Report on the working of the Ranchi Indian Mental Hospital, Kanke, in Bihar and Orissa - 1930-1940
Year: 1930
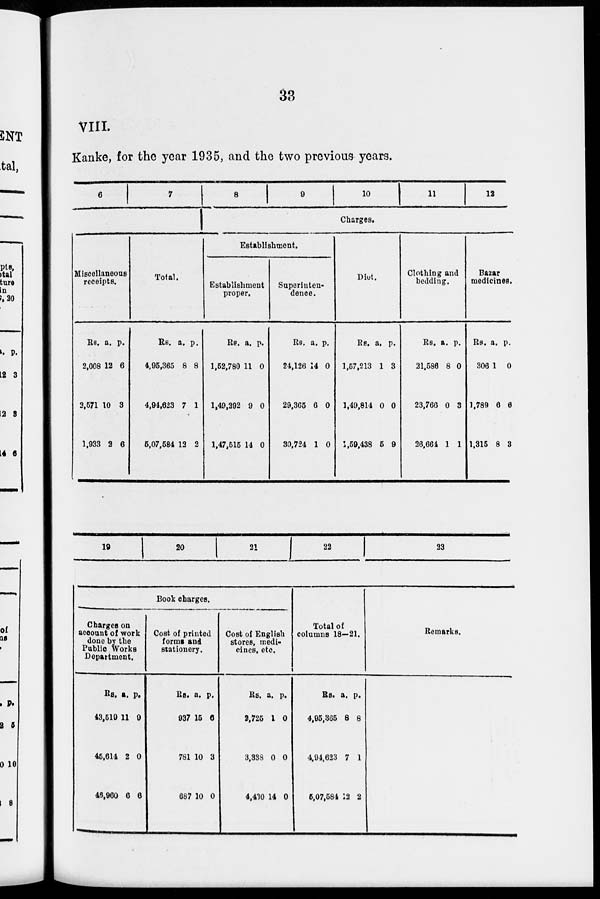
33
VIII.
Kanke, for the year 1935, and the two previous years.
6
7
Miscellaneous
receipts.
Rs.
2,008
3,571
1,933
a.
12
10
2
p.
6
3
6
Total.
Rs.
4,95,365
4,94,623
5,07,584
a.
8
7
12
p.
8
1
2
8
9
10
11
12
Charges.
Establishment.
Establishment
proper.
Rs.
1,52,780
1,49,292
1,47,515
a.
11
9
14
p.
0
0
0
Superinten-
dence.
Rs.
24,126
29,365
30,724
a.
14
6
1
p.
0
0
0
Diet.
Rs.
1,57,213
1,49,814
1,59,438
a.
1
0
5
p.
3
0
9
Clothing and
bedding.
Rs.
21,586
23,766
26,664
a.
8
0
1
p.
0
3
1
Bazar
medicines.
Rs.
306
1,789
1,315
a.
1
6
8
p.
0
6
3
19
20
21 22
23
Book charges.
Charges on
account of work
done by the
Public Works
Department.
Rs.
43,519
45,614
48,960
a.
11
2
6
p.
9
0
6
Cost of printed
forms and
stationery.
Rs.
937
781
687
a.
15
10
10
p.
6
3
0
Cost of English
stores, medi-
cines. etc.
Rs.
2,725
3,338
4,430
a.
1
0
14
p.
0
0
0
Total of
columns 18—21.
Rs.
4,95,365
4,94,623
5,07,584
a.
8
7
12
p.
8
1
2
Remarks.